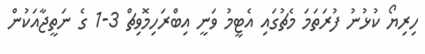
ހިރިޔޯ ކުޅުނު ފުރަތަމަ މެޗުގައި އެޓީމު ވަނީ އިބްރަހިމޮވިޗް 3-1 ގެ ނަތީޖާއަކުން